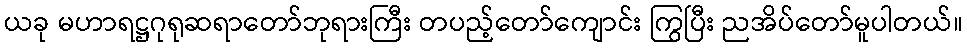
ယခု မဟာရဋ္ဌဂုရုဆရာတော်ဘုရားကြီး တပည့်တော်ကျောင်း ကြွပြီး ညအိပ်တော်မူပါတယ်။